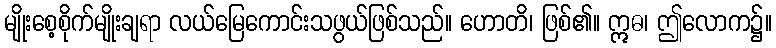
မျိုးစေ့စိုက်မျိုးချရာ လယ်မြေကောင်းသဖွယ်ဖြစ်သည်။ ဟောတိ၊ ဖြစ်၏။ ဣဓ၊ ဤလောက၌။